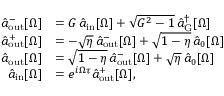
\begin{array} { r l } { \hat { a } _ { \mathrm { o u t } } ^ { - } [ \Omega ] } & { = G \, \hat { a } _ { \mathrm { i n } } [ \Omega ] + \sqrt { G ^ { 2 } - 1 } \, \hat { a } _ { \mathrm { G } } ^ { \dagger } [ \Omega ] } \\ { \hat { a } _ { \mathrm { o u t } } ^ { + } [ \Omega ] } & { = - \sqrt { \eta } \, \hat { a } _ { \mathrm { o u t } } ^ { - } [ \Omega ] + \sqrt { 1 - \eta } \, \hat { a } _ { 0 } [ \Omega ] } \\ { \hat { a } _ { \mathrm { o u t } } [ \Omega ] } & { = \sqrt { 1 - \eta } \, \hat { a } _ { \mathrm { o u t } } ^ { - } [ \Omega ] + \sqrt { \eta } \, \hat { a } _ { 0 } [ \Omega ] } \\ { \hat { a } _ { \mathrm { i n } } [ \Omega ] } & { = e ^ { i \Omega \tau } \hat { a } _ { \mathrm { o u t } } ^ { + } [ \Omega ] , } \end{array}